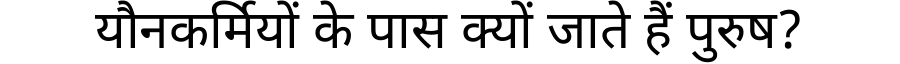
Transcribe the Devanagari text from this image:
यौनकर्मियों के पास क्यों जाते हैं पुरुष?